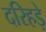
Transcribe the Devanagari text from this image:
दरिहड़े